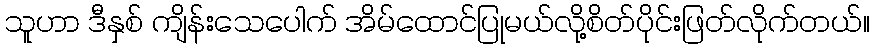
သူဟာ ဒီနှစ် ကျိန်းသေပေါက် အိမ်ထောင်ပြုမယ်လို့စိတ်ပိုင်းဖြတ်လိုက်တယ်။